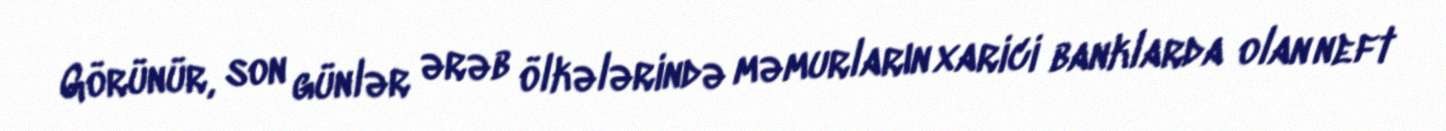
Görünür, son günlər ərəb ölkələrində məmurların xarici banklarda olan neft